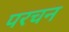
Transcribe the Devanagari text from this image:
परचन